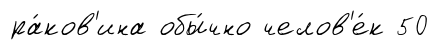
ра́ков'ина обы́чно челов'е́к 50